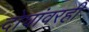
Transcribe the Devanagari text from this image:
दोघांवरही